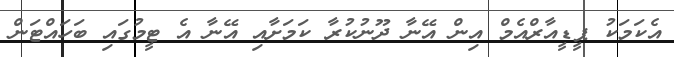
އެކަމަކު ޕީޑީއާރްއެމް އިން އޭނާ ދޫނުކުރާ ކަމަށާއި އޭނާ އެ ޓީމުގައި ބަހައްޓަން